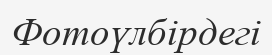
Фотоүлбірдегі